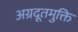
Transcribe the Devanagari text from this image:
अग्रदूतमुक्ति